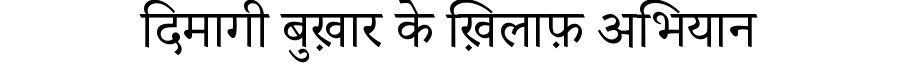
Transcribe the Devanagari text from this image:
दिमागी बुख़ार के ख़िलाफ़ अभियान